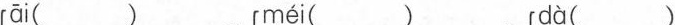
āi( ) mèi( ) dà( )